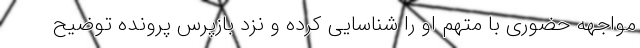
مواجهه حضوری با متهم او را شناسایی کرده و نزد بازپرس پرونده توضیح